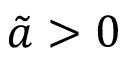
\tilde { a } > 0